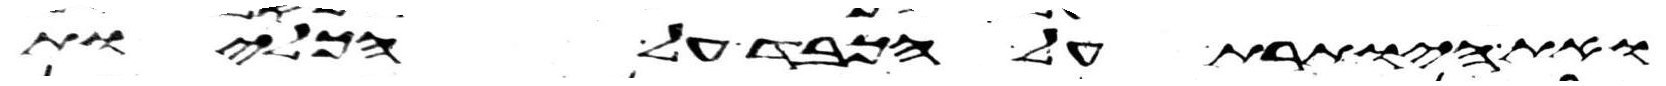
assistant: ואת היותרת על הכבד על הכליות